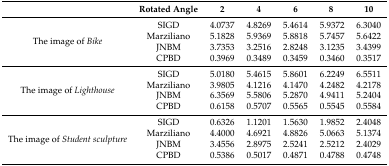
|  | Rotated Angle | 2 | 4 | 6 | 8 | 10 |
 | --- | --- | --- | --- | --- | --- | --- |
 | <ROWSPAN=4> The image of Bike | SIGD | 4.0737 | 4.8269 | 5.4614 | 5.9372 | 6.3040 |
 | Marziliano | 5.1828 | 5.9369 | 5.8818 | 5.7457 | 5.6422 |
 | JNBM | 3.7353 | 3.2516 | 2.8248 | 3.1235 | 3.4399 |
 | CPBD | 0.3969 | 0.3489 | 0.3459 | 0.3460 | 0.3517 |
 | <ROWSPAN=4> The image of Lighthouse | SIGD | 5.0180 | 5.4615 | 5.8601 | 6.2249 | 6.5511 |
 | Marziliano | 3.9805 | 4.1216 | 4.1470 | 4.2482 | 4.2178 |
 | JNBM | 6.3569 | 5.5806 | 5.2870 | 4.9411 | 5.2404 |
 | CPBD | 0.6158 | 0.5707 | 0.5565 | 0.5545 | 0.5584 |
 | <ROWSPAN=4> The image of Student sculpture | SIGD | 0.6326 | 1.1201 | 1.5630 | 1.9852 | 2.4048 |
 | Marziliano | 4.4000 | 4.6921 | 4.8826 | 5.0663 | 5.1374 |
 | JNBM | 3.4556 | 2.8975 | 2.5241 | 2.5212 | 2.4029 |
 | CPBD | 0.5386 | 0.5017 | 0.4871 | 0.4788 | 0.4748 |